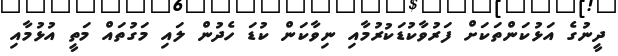
ދީނުގެ އަޅުކަންތަކަށް ފަރުވާކުޑަކުރުމާއި ނިވާކަން ކުޑަ ހެދުން ލައި މަގުތައް މަތީ އުޅުމާއި